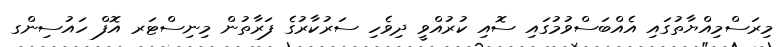
މިރަސްމިއްޔާތުގައި އެއްބަސްވުމުގައި ސޮއި ކުރުއްވީ ދިވެހި ސަރުކާރުގެ ފަރާތުން މިނިސްޓަރ އޮފް ހައުސިންގ